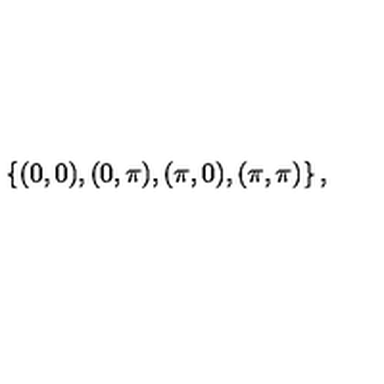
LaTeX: \left\{ ( 0 , 0 ) , ( 0 , \pi ) , ( \pi , 0 ) , ( \pi , \pi ) \right\} ,